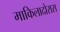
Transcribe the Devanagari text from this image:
माकिलादोरास